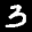
Label: 3